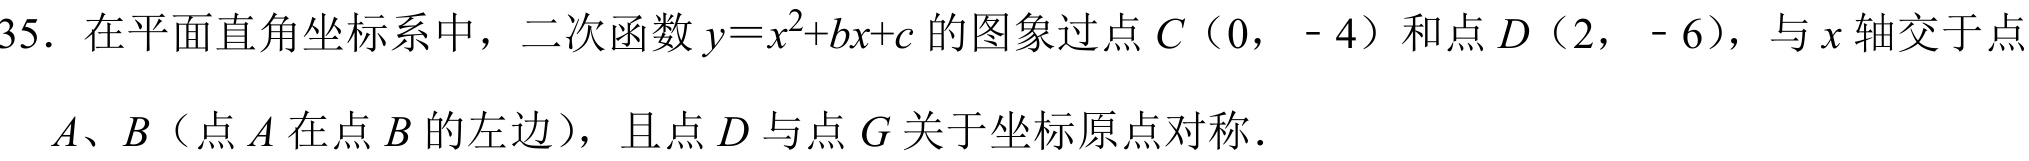
35. 在平面直角坐标系中，二次函数\(y = x^{2}+bx + c\)的图象过点\(C(0,-4)\)和点\(D(2,-6)\)，与\(x\)轴交于点
\(A\)、\(B\)（点\(A\)在点\(B\)的左边），且点\(D\)与点\(G\)关于坐标原点对称.